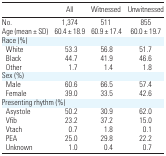
<table><thead><tr><td></td><td><b>All</b></td><td><b>Witnessed</b></td><td><b>Unwitnessed</b></td></tr></thead><tbody><tr><td>No.</td><td>1,374</td><td>511</td><td>855</td></tr><tr><td>Age (mean ± SD)</td><td>60.4 ± 18.9</td><td>60.9 ± 17.4</td><td>60.0 ± 19.7</td></tr><tr><td colspan="4">Race (%)</td></tr><tr><td> White</td><td>53.3</td><td>56.8</td><td>51.7</td></tr><tr><td> Black</td><td>44.7</td><td>41.9</td><td>46.6</td></tr><tr><td> Other</td><td>1.7</td><td>1.4</td><td>1.8</td></tr><tr><td colspan="4">Sex (%)</td></tr><tr><td> Male</td><td>60.6</td><td>66.5</td><td>57.4</td></tr><tr><td> Female</td><td>39.0</td><td>33.5</td><td>42.6</td></tr><tr><td colspan="4">Presenting rhythm (%)</td></tr><tr><td> Asystole</td><td>50.2</td><td>30.9</td><td>62.0</td></tr><tr><td> Vfib</td><td>23.2</td><td>37.2</td><td>15.0</td></tr><tr><td> Vtach</td><td>0.7</td><td>1.8</td><td>0.1</td></tr><tr><td> PEA</td><td>25.0</td><td>29.8</td><td>22.2</td></tr><tr><td> Unknown</td><td>1.0</td><td>0.4</td><td>0.7</td></tr></tbody></table>